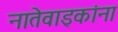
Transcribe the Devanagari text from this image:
नातेवाइकांना